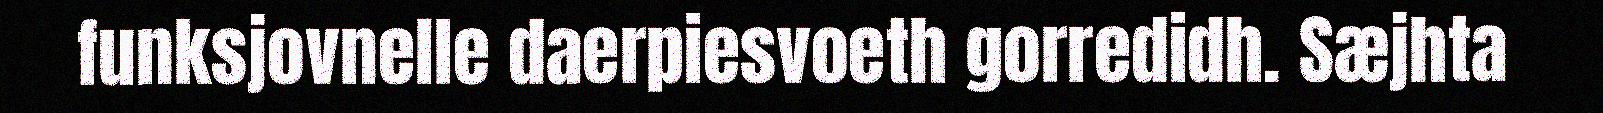
funksjovnelle daerpiesvoeth gorredidh. Sæjhta